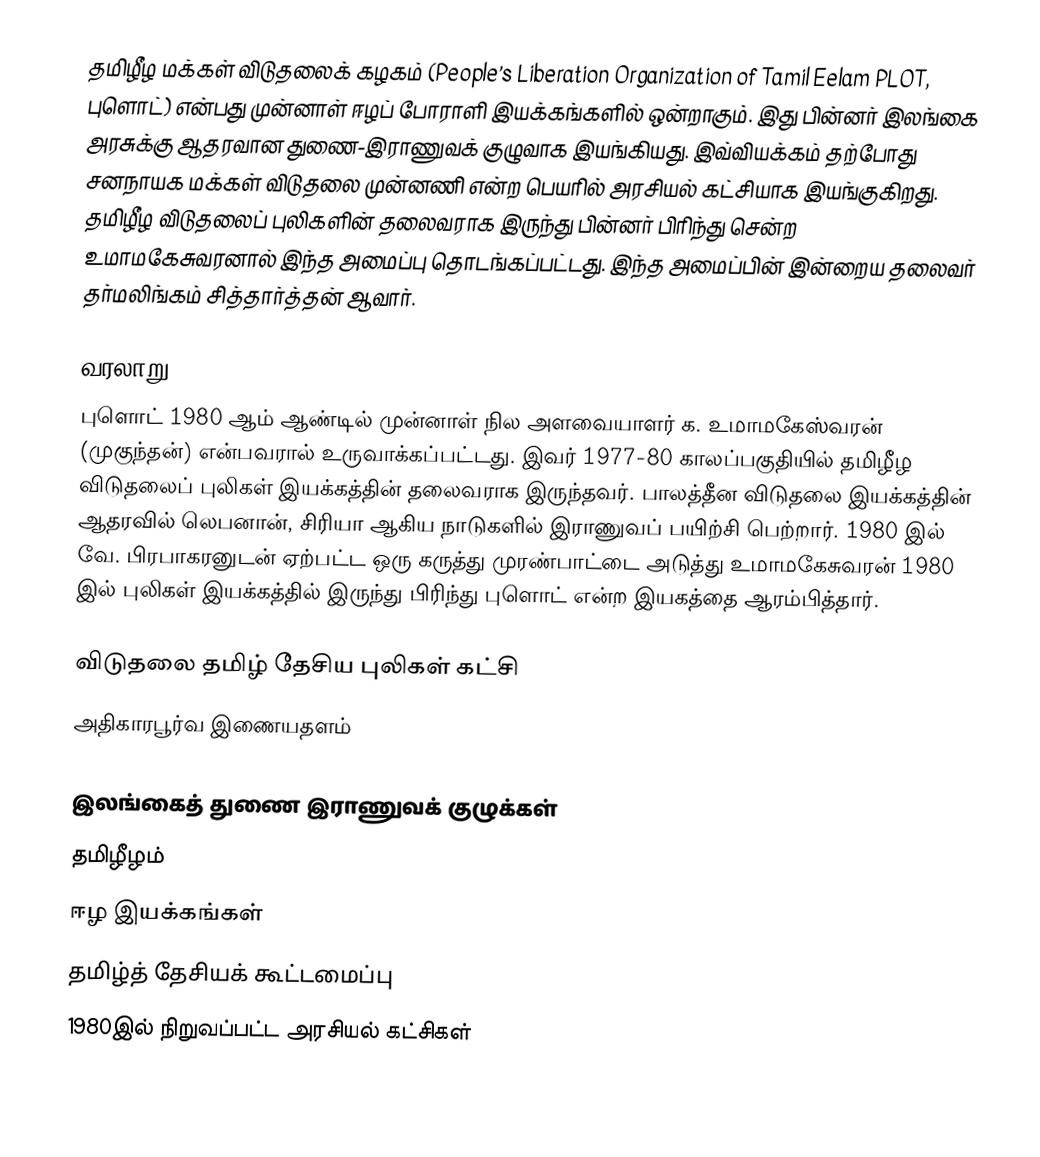
தமிழீழ மக்கள் விடுதலைக் கழகம் (People’s Liberation Organization of Tamil Eelam PLOT, புளொட்) என்பது முன்னாள் ஈழப் போராளி இயக்கங்களில் ஒன்றாகும். இது பின்னர் இலங்கை அரசுக்கு ஆதரவான துணை-இராணுவக் குழுவாக இயங்கியது. இவ்வியக்கம் தற்போது சனநாயக மக்கள் விடுதலை முன்னணி என்ற பெயரில் அரசியல் கட்சியாக இயங்குகிறது. தமிழீழ விடுதலைப் புலிகளின் தலைவராக இருந்து பின்னர் பிரிந்து சென்ற உமாமகேசுவரனால் இந்த அமைப்பு தொடங்கப்பட்டது. இந்த அமைப்பின் இன்றைய தலைவர் தர்மலிங்கம் சித்தார்த்தன் ஆவார்.

வரலாறு
புளொட் 1980 ஆம் ஆண்டில் முன்னாள் நில அளவையாளர் க. உமாமகேஸ்வரன் (முகுந்தன்) என்பவரால் உருவாக்கப்பட்டது. இவர் 1977-80 காலப்பகுதியில் தமிழீழ விடுதலைப் புலிகள் இயக்கத்தின் தலைவராக இருந்தவர். பாலத்தீன விடுதலை இயக்கத்தின் ஆதரவில் லெபனான், சிரியா ஆகிய நாடுகளில் இராணுவப் பயிற்சி பெற்றார். 1980 இல் வே. பிரபாகரனுடன் ஏற்பட்ட ஒரு கருத்து முரண்பாட்டை அடுத்து உமாமகேசுவரன் 1980 இல் புலிகள் இயக்கத்தில் இருந்து பிரிந்து புளொட் என்ற இயகத்தை ஆரம்பித்தார்.

விடுதலை தமிழ் தேசிய புலிகள் கட்சி
அதிகாரபூர்வ இணையதளம்

இலங்கைத் துணை இராணுவக் குழுக்கள்
தமிழீழம்
ஈழ இயக்கங்கள்
தமிழ்த் தேசியக் கூட்டமைப்பு
1980இல் நிறுவப்பட்ட அரசியல் கட்சிகள்